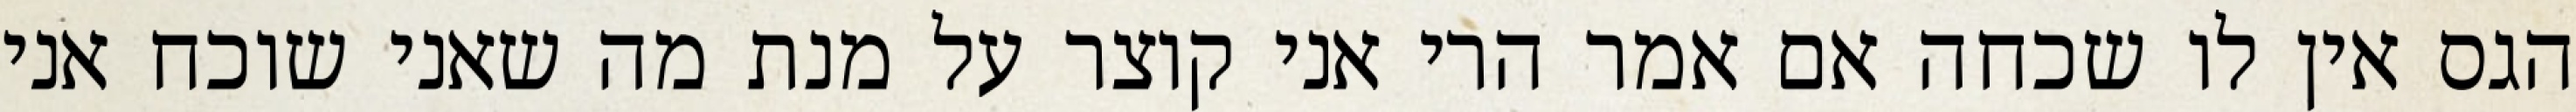
הגס אין לו שכחה אם אמר הרי אני קוצר על מנת מה שאני שוכח אני